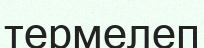
термелеп